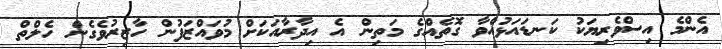
އެންމެ އިސްވެރިޔަކު ކަނޑައަޅުއްވާ ގޮތެއްގެ މަތިން އެ އިދާރާއަކަށް މުވައްޒަފުން ހާޒިރުވެގެން ހެލްތް